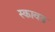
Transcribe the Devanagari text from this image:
स्कावड